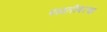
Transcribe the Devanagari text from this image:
पळतीवरचा